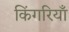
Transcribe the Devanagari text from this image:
किंगरियाँ